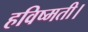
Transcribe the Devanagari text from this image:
हविष्मती।